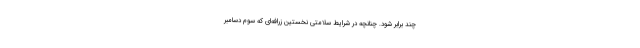
چند برابر شود. چنانچه در شرایط سلامتیِ نخستین زرافه‌ای که سوم دسامبر